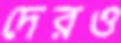
দেরও